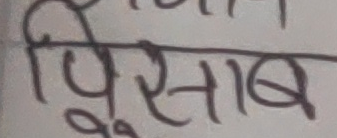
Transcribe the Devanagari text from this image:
पिसाब